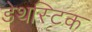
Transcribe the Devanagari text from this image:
डेथस्टिक